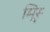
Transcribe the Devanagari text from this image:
मिस्र्